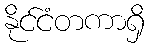
နိုင်ငံတကာရှိ